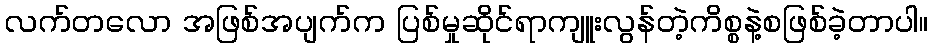
လက်တလော အဖြစ်အပျက်က ပြစ်မှုဆိုင်ရာကျူးလွန်တဲ့ကိစ္စနဲ့စဖြစ်ခဲ့တာပါ။